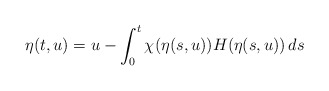
\begin{align*}\eta(t,u) = u - \int_0^t\chi(\eta(s, u))H(\eta(s, u))\,ds\end{align*}